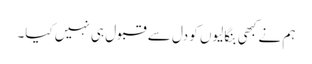
ہم نے کبھی بنگالیوں کو دل سے قبول ہی نہیں کیا۔